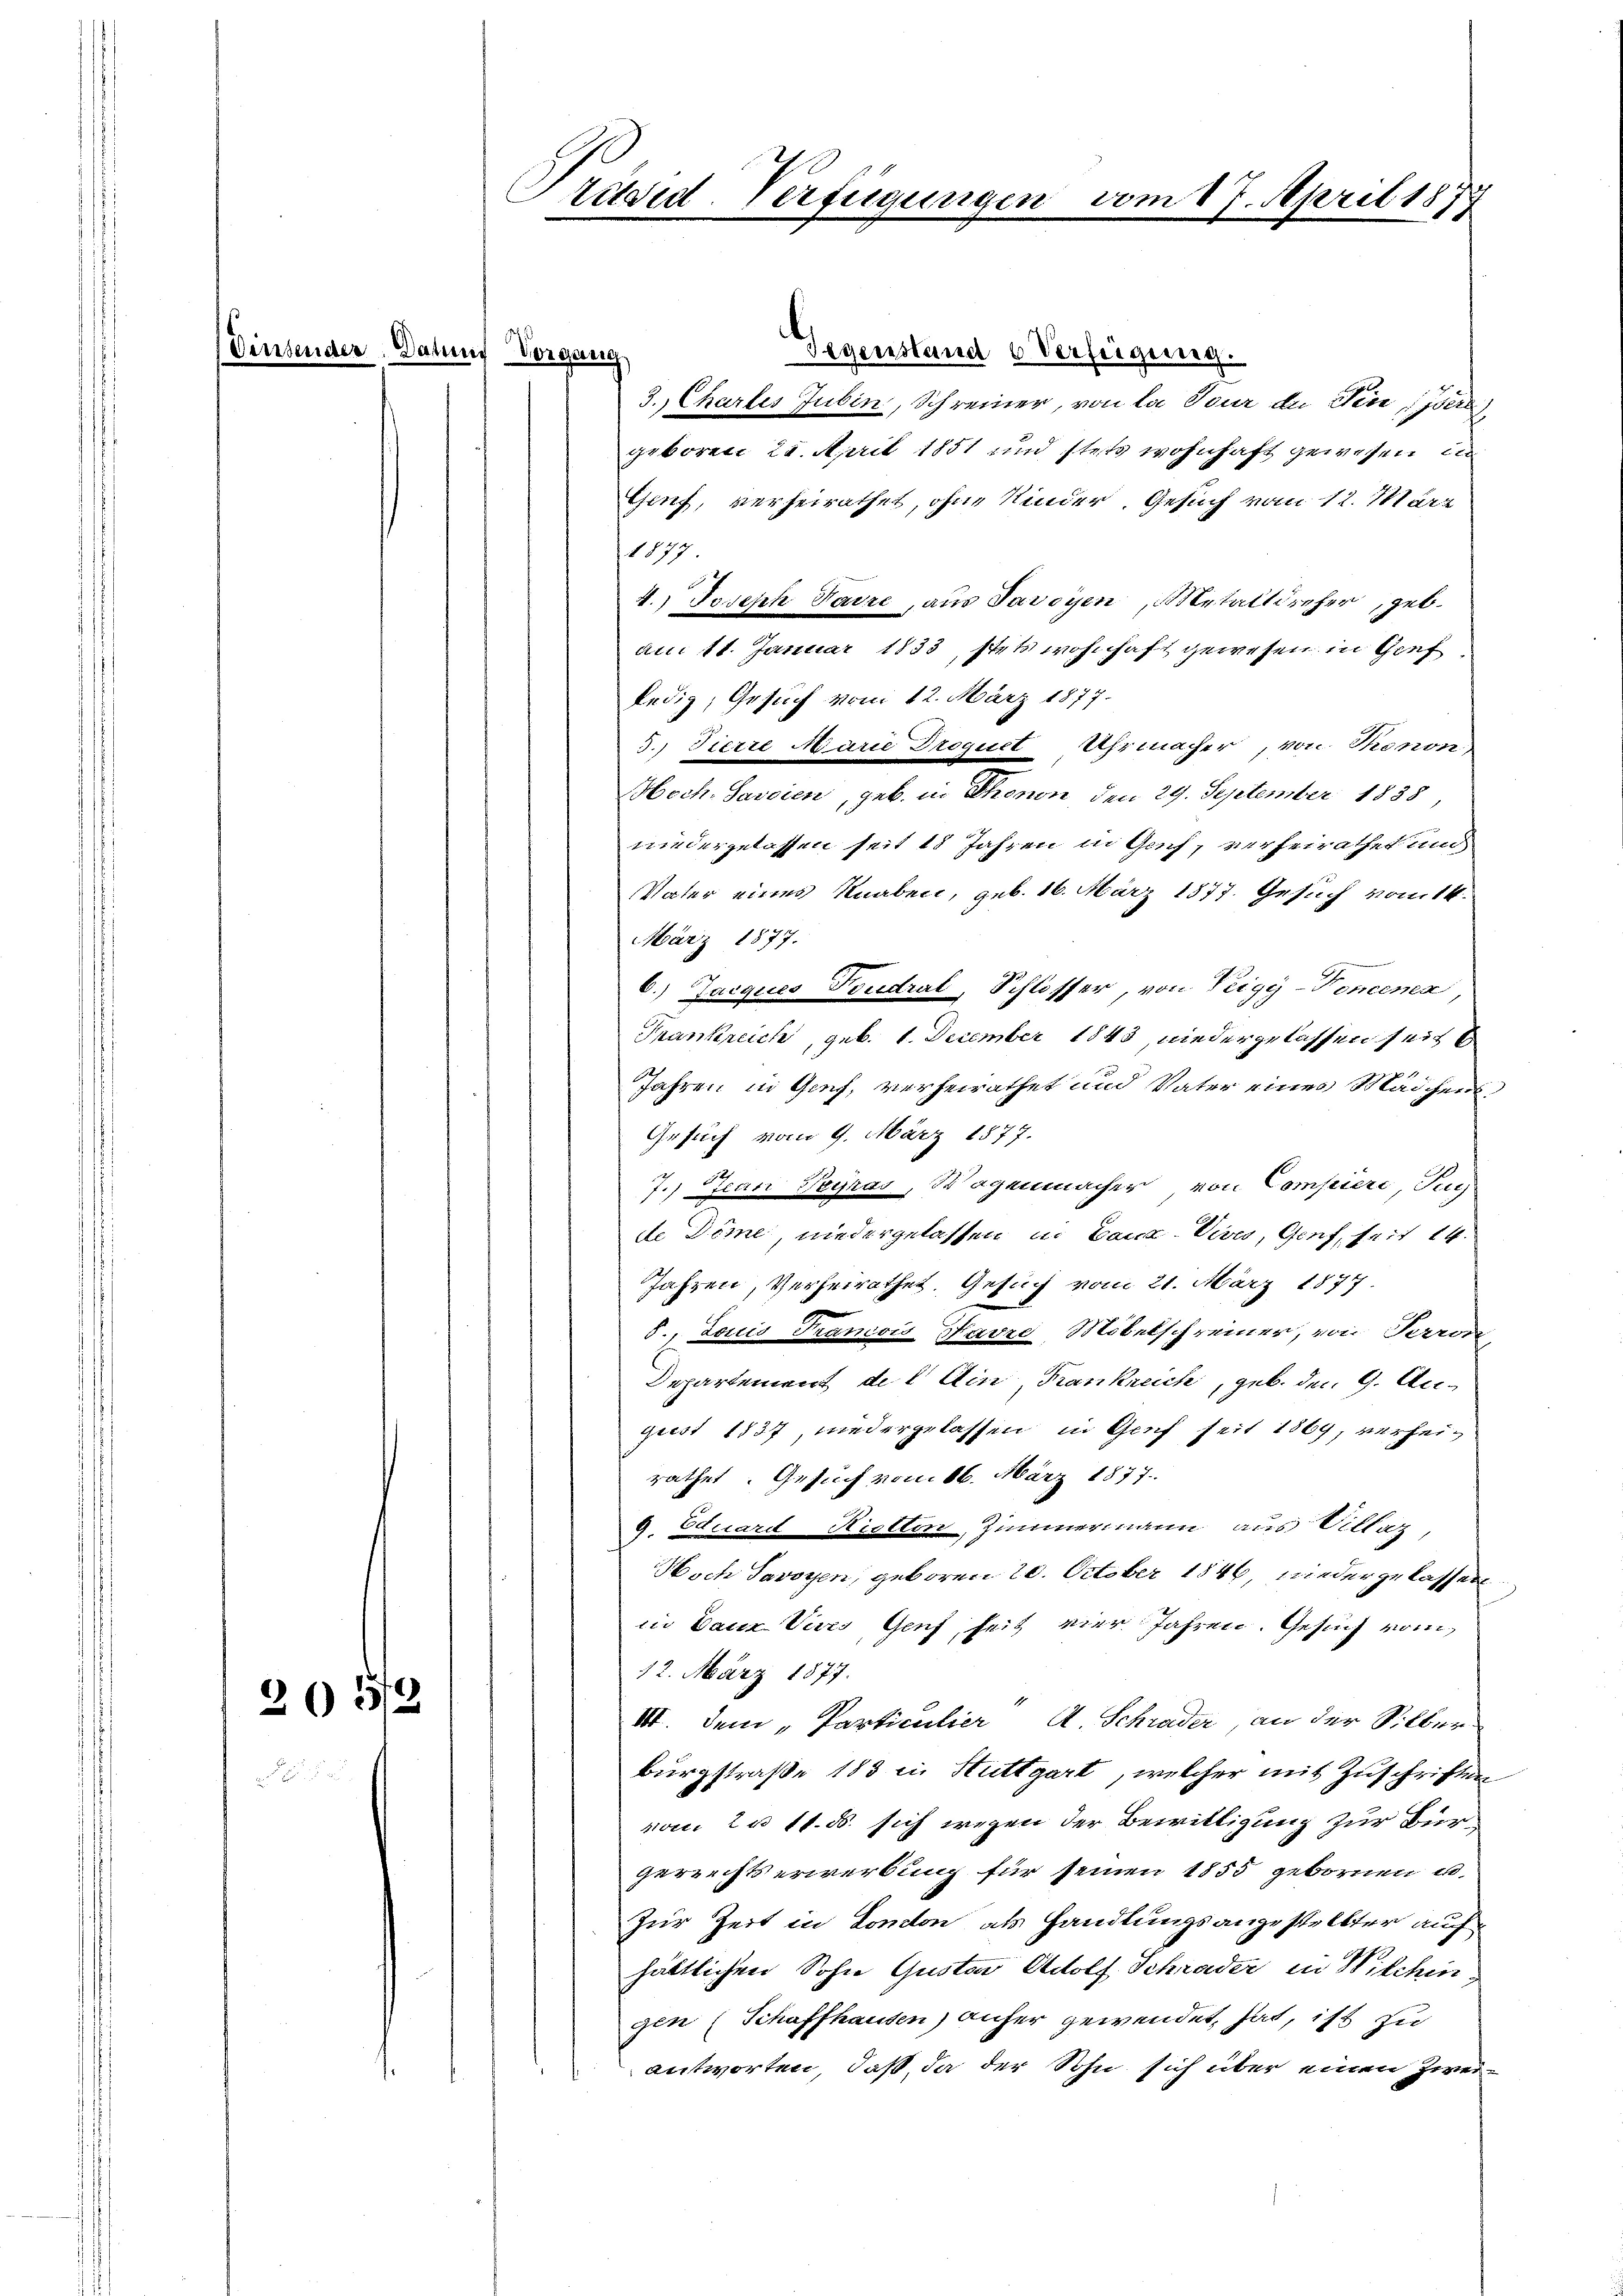
Gegenstand u Verfügung.
3. Chartes Jubin, Schreiner, von la Tour der Vereiser
geboren 25. April 1851 und stets wohnhaft gewesen in
Genf, verheirathet, ohne Kinder. Gesuch vom 12. März
1877.
4.) Joseph Haire, aus Savoyen, Metalldreher, geb.
am 11. Januar 1833, stets wohnhaft gewesen in Genf
ledig, Gesuch vom 12. März 1877.
3. Tierre Marie Droguet Uhrmacher, von Rionon
Moch. Savaien, geb. in Thonon den 29. September 1838
niedergelassen seit 18 Jahren in Genf, verheirathet und
Vater eines Knaben, geb. 16. März 1877. Gesuch vom 14.
März 1877.
6.) Jacques Toudral, Schlosser, von Teigy-Poncenen
Frankreich, geb. 1. December 1843, niedergelassen seit
Jahren in Genf, verheirathet und Vater eines Mädchens¬
Gesuch vom 9. März 1877.
7.) Jean Teyras, Wogenmacher von Compiri, Fuch
de Dime, niedergelassen in Baua-Vives, Genf, seit 14.
Jahren, Verheirathet. Gesuch vom 21. März 1877.
8., Louis Tranois Favzo, Möbelschreiner, von Perron,
Departement de l Ain, Frankreich, geb. den 9. August 1837, niedergelassen in Genf seit 1869, verheirathet. Gesuch vom 16. März 1877.
9. Eduard Rietten, Zimmermann aus Villaz,
Noch Savoyen, geboren 20. October 1846, wieder gelassen
in Bauz Virs Genf seit vier Jahren. Gesuch vom
12. März 1877.
205/3
III. Dem „Particulier A Schrader, an der Silber
Burgstraße 183 in Stuttgart, welcher mit Zuschriften

vom 2. 11. d. sich wegen der Bewilligung zur Bürgereichtserwerbung für seinen 1855 gebornen u.
Zur Zeit in Conton als Handlungsangestellter auch
hältlichen Sohn Gustav Adolf Schrader in Wilchin
gen (Schaffhausen) aufer gewendet, hat, ist zu
antworten, daß, da der Sohn sich über einen Zwei¬

Dinsender. Datum Vorgang

räsid-Verfügungen vom 17. April 1877